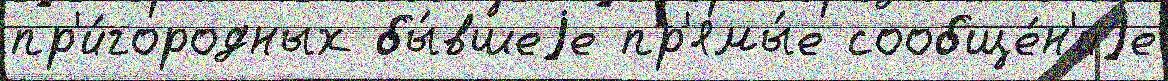
пр'и́городных бы́вшеjе пр'ямы́е сообще́н'иjе